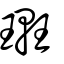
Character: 𨌥